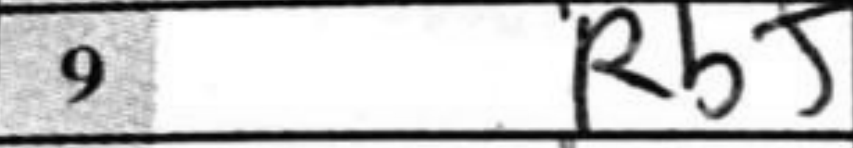
Transcription: Rb+